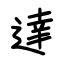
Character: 达